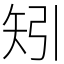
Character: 矧